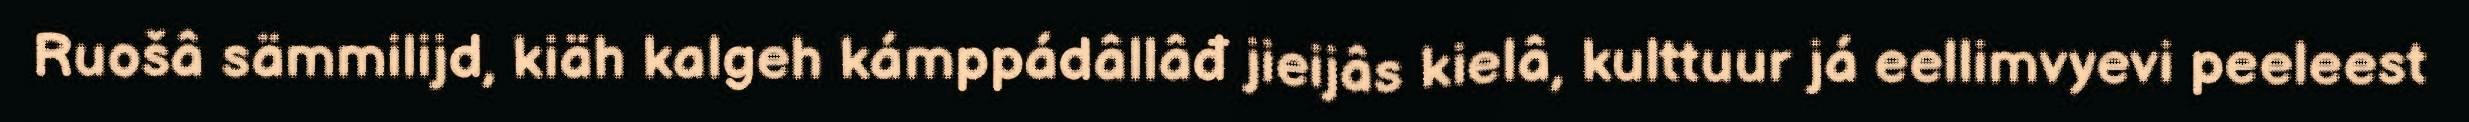
Ruošâ sämmilijd, kiäh kalgeh kámppádâllâđ jieijâs kielâ, kulttuur já eellimvyevi peeleest